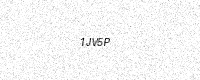
Text: 1JV5P